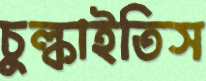
চুল্‌কাইতিস